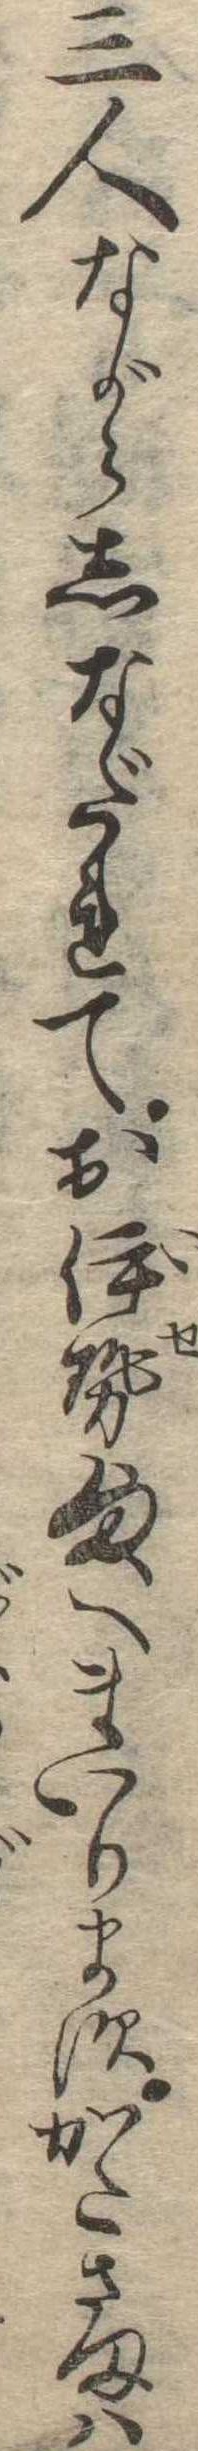
三人ながらしなだれてお伊勢様へまいりますかたさまは